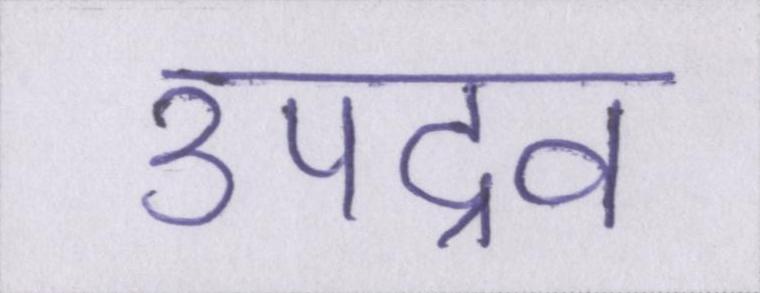
उपद्रव